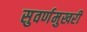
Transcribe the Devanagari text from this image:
सुवर्णमुखरी